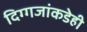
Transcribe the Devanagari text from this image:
दिग्गजांकडेही